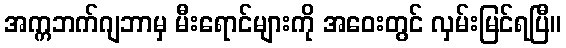
အက္ကဘက်ဂျဘာမှ မီးရောင်များကို အဝေးတွင် လှမ်းမြင်ရပြီ။